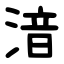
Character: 湆